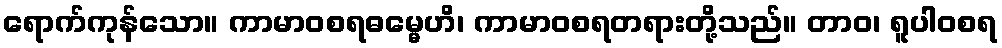
ရောက်ကုန်သော။ ကာမာဝစရဓမ္မေဟိ၊ ကာမာဝစရတရားတို့သည်။ တာဝ၊ ရူပါဝစရ